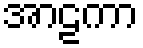
အာဠကာ